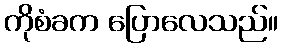
ကိုစံခက ပြောလေသည်။